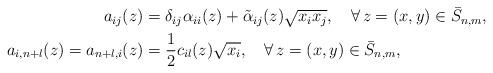
LaTeX: \begin{align*}\begin{aligned}a_{ij}(z)&=\delta_{ij}\alpha_{ii}(z) +\tilde \alpha_{ij}(z)\sqrt{x_ix_j},\quad\forall\, z=(x,y)\in\bar S_{n,m},\\a_{i,n+l}(z)=a_{n+l,i}(z)&= \frac{1}{2}c_{il}(z)\sqrt{x_i},\quad\forall\, z=(x,y)\in\bar S_{n,m},\end{aligned}\end{align*}